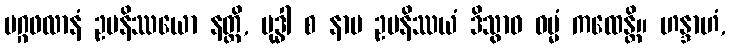
မဂ္ဂဖလာနံ ဥပနိဿယော နတ္ထိ, ဗုဒ္ဓါ စ နာမ ဥပနိဿယံ ဒိသွာဝ ဓမ္မံ ကထေန္တိ။ ဟန္ဒာဟံ,